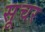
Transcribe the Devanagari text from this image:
सूचर